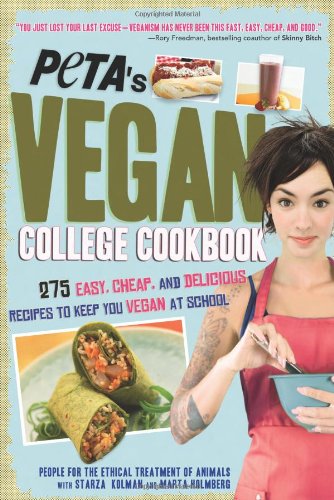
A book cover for PETA's Vegan College Cookbook: 275 Easy, Cheap, and Delicious Recipes to Keep You Vegan at School; PETA; Cookbooks, Food & Wine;